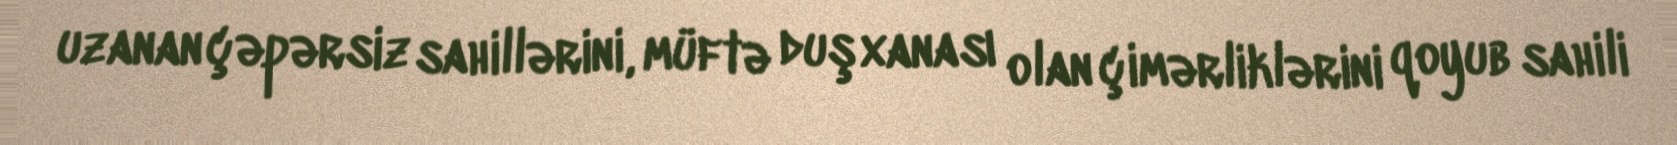
uzanan çəpərsiz sahillərini, müftə duşxanası olan çimərliklərini qoyub sahili